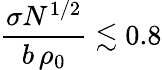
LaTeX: \frac{\sigma N^{1/2}}{b\, \rho_{0}}\lesssim 0.8